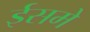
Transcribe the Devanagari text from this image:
ईसमे